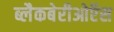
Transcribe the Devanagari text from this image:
ब्लैकबेरीओऍस